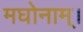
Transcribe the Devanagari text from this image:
मघोनाम्।